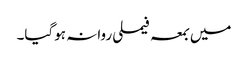
میں بمعہ فیملی روانہ ہوگیا۔